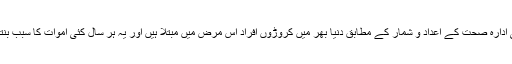
عالمی ادارۂ صحت کے اعداد و شمار کے مطابق دنیا بھر میں کروڑوں افراد اس مرض میں مبتلا ہیں اور یہ ہر سال کئی اموات کا سبب بنتا ہے۔